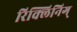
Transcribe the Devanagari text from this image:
रिक्लिनिग्